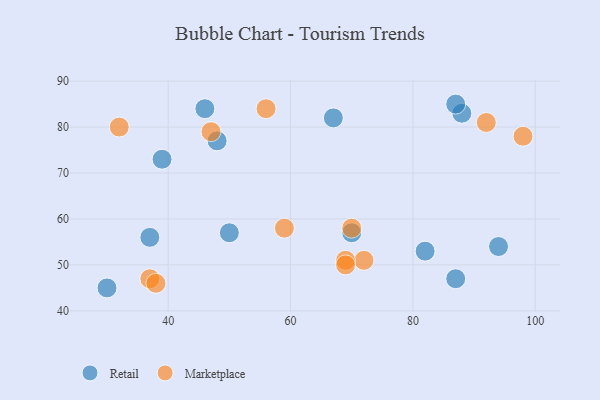
{"axis": {"x": "GDP", "y": "Life Expectancy"}, "legend": ["Marketplace", "Retail"], "data": [{"x": "67", "y": 82, "type": "Retail"}, {"x": "46", "y": 84, "type": "Retail"}, {"x": "37", "y": 56, "type": "Retail"}, {"x": "48", "y": 77, "type": "Retail"}, {"x": "87", "y": 47, "type": "Retail"}, {"x": "50", "y": 57, "type": "Retail"}, {"x": "39", "y": 73, "type": "Retail"}, {"x": "88", "y": 83, "type": "Retail"}, {"x": "87", "y": 85, "type": "Retail"}, {"x": "82", "y": 53, "type": "Retail"}, {"x": "70", "y": 57, "type": "Retail"}, {"x": "94", "y": 54, "type": "Retail"}, {"x": "30", "y": 45, "type": "Retail"}, {"x": "37", "y": 47, "type": "Marketplace"}, {"x": "92", "y": 81, "type": "Marketplace"}, {"x": "70", "y": 58, "type": "Marketplace"}, {"x": "32", "y": 80, "type": "Marketplace"}, {"x": "47", "y": 79, "type": "Marketplace"}, {"x": "72", "y": 51, "type": "Marketplace"}, {"x": "59", "y": 58, "type": "Marketplace"}, {"x": "69", "y": 51, "type": "Marketplace"}, {"x": "69", "y": 50, "type": "Marketplace"}, {"x": "38", "y": 46, "type": "Marketplace"}, {"x": "98", "y": 78, "type": "Marketplace"}, {"x": "56", "y": 84, "type": "Marketplace"}]}